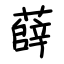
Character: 薛